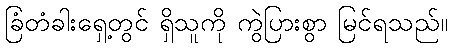
ခြံတံခါးရှေ့တွင် ရှိသူကို ကွဲပြားစွာ မြင်ရသည်။